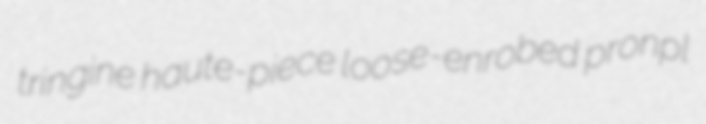
tringine haute-piece loose-enrobed pronpl